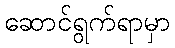
ဆောင်ရွက်ရာမှာ